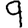
Digit: 9